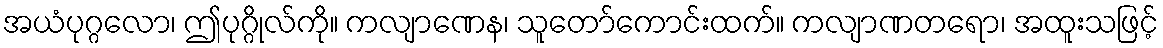
အယံပုဂ္ဂလော၊ ဤပုဂ္ဂိုလ်ကို။ ကလျာဏေန၊ သူတော်ကောင်းထက်။ ကလျာဏတရော၊ အထူးသဖြင့်